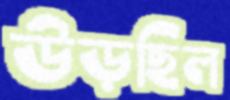
উড়ছিল